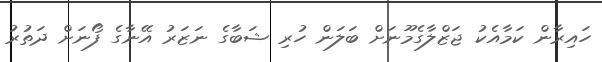
ހައިރާން ކަމާއެކު ޖަޒްލާގެމޫނަށް ބަލަން ހުރި ޝަބާގެ ނަޒަރު އޭނާގެ ފޯނަށް ދަތުރު